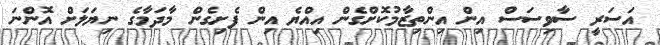
އަސަރީ ސާވިސަސް އިން އިންތިޒާމުކޮށްގެން އިއްޔެ އިން ފެށިގެން މާދަމާގެ ނިޔަލަށް އޮންނަ